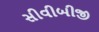
સીવીબીજી